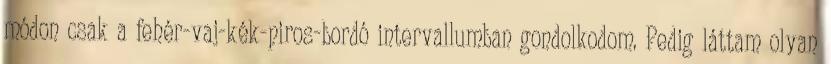
módon csak a fehér-vaj-kék-piros-bordó intervallumban gondolkodom. Pedig láttam olyan